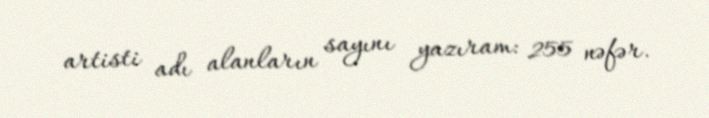
artisti adı alanların sayını yazıram: 255 nəfər.